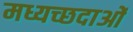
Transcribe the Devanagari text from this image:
मध्यच्छदाओं